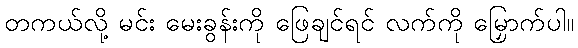
တကယ်လို့ မင်း မေးခွန်းကို ဖြေချင်ရင် လက်ကို မြှောက်ပါ။